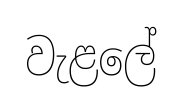
වැළලේ